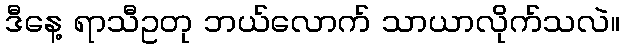
ဒီနေ့ ရာသီဥတု ဘယ်လောက် သာယာလိုက်သလဲ။